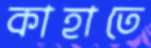
কাহাতে